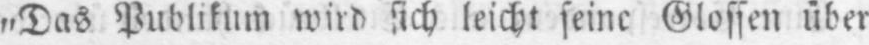
„Das Publikum wird sich leicht seine Glossen über